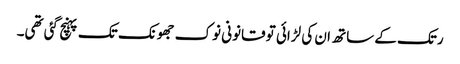
رتک کے ساتھ ان کی لڑائی تو قانونی نوک جھونک تک پہنچ گئی تھی۔